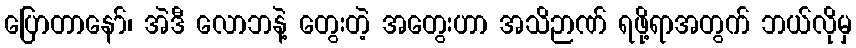
ပြောတာနော်၊ အဲဒီ လောဘနဲ့ တွေးတဲ့ အတွေးဟာ အသိဉာဏ် ရဖို့ရာအတွက် ဘယ်လိုမှ